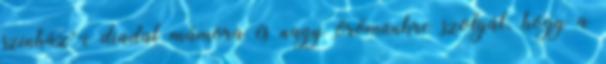
színház"-i diadal mámora és nagy örömünkre szolgál, hogy a